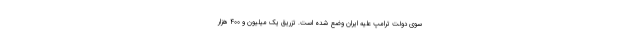
سوی دولت ترامپ علیه ایران وضع شده است. تزریق یک میلیون و ۴۰۰ هزار